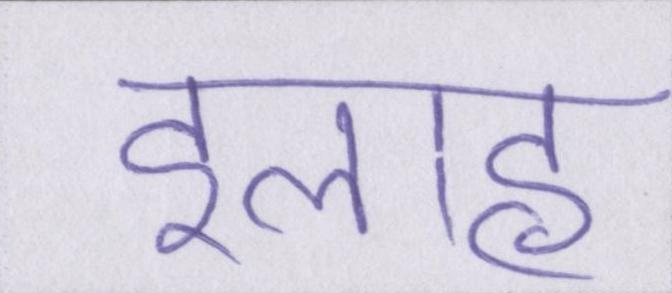
इलाह